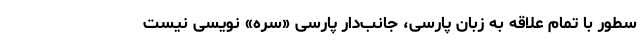
سطور با تمام علاقه به زبان پارسی، جانب‌دار پارسی‌ «سره» نویسی نیست